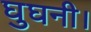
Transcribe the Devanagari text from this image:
घुघनी।